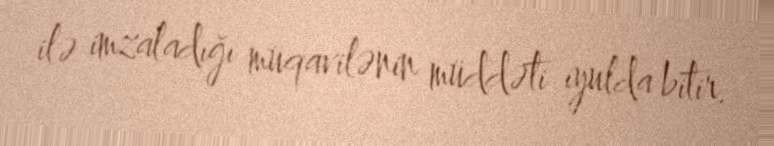
ilə imzaladığı müqavilənin müddəti iyulda bitir.